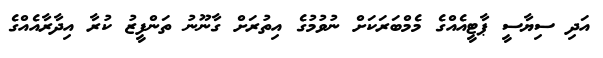
އަދި ސިޔާސީ ޕާޓީއެއްގެ މެމްބަރަކަށް ނުވުމުގެ އިތުރަށް ގާނޫނު ތަންފީޒު ކުރާ އިދާރާއެއްގެ